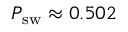
P _ { \mathrm { s w } } \approx 0 . 5 0 2